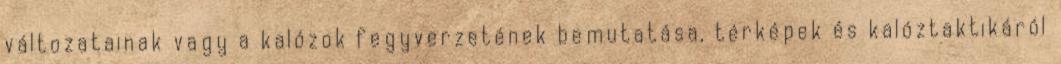
változatainak vagy a kalózok fegyverzetének bemutatása, térképek és kalóztaktikáról